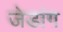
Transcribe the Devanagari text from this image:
जेडांग